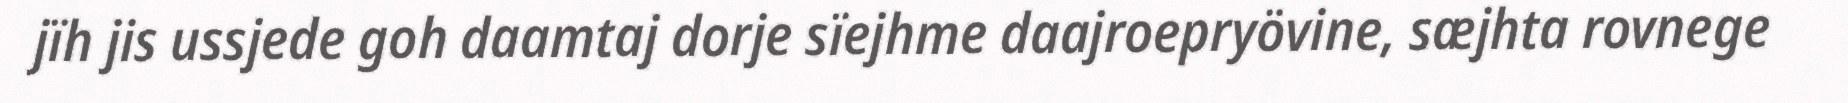
jïh jis ussjede goh daamtaj dorje sïejhme daajroepryövine, sæjhta rovnege